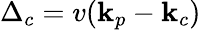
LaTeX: \Delta_{c}=v(\textbf{k}_{p}-\textbf{k}_{c})